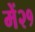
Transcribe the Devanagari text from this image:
में२१